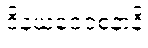
ဝိနယဝေဝစနာနိ